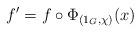
LaTeX: \begin{align*} f' = f \circ \Phi_{(1_G,\chi)}(x) \end{align*}